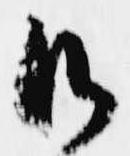
御